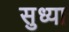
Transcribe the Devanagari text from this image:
सुध्या